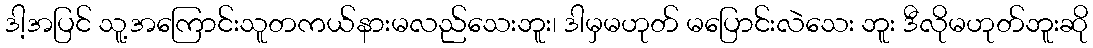
ဒါ့အပြင် သူ့အကြောင်းသူတကယ်နားမလည်သေးဘူး၊ ဒါမှမဟုတ် မပြောင်းလဲသေး ဘူး ဒီလိုမဟုတ်ဘူးဆို